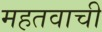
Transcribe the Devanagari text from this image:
महतवाची